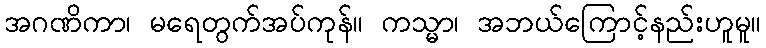
အဂဏိကာ၊ မရေတွက်အပ်ကုန်။ ကသ္မာ၊ အဘယ်ကြောင့်နည်းဟူမူ။